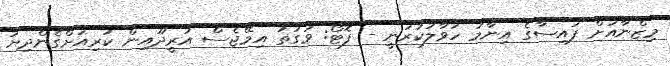
މިޒްނާއަށް ފައިސާގެ އިނާމު ހަވާލުކުރަނީ - ފޮޓޯ: ވަގުތު އިމޭޖެސް އުރީދޫއިން ކުރިއަށްގެންދިޔަ